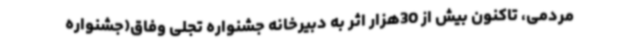
مردمی، تاکنون بیش از 30هزار اثر به دبیرخانه جشنواره تجلی وفاق(جشنواره